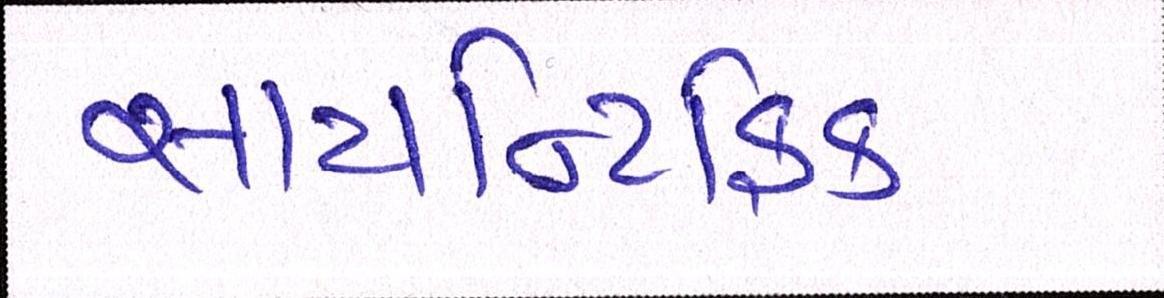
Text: સાયન્ટિફિક